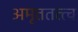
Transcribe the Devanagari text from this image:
अमृततत्त्व